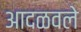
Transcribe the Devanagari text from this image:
आदळवले